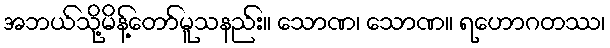
အဘယ်သို့မိန့်တော်မူသနည်း။ သောဏ၊ သောဏ။ ရဟောဂတဿ၊